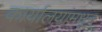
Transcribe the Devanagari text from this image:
कार्यालयांमधून